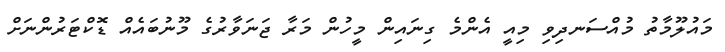
މައުލޫމާތު މުއްސަނދިވި މިއީ އެންމެ ގިނައިން މީހުން މަރާ ޖަނަވާރުގެ މޫނުބައެއް ޑޮކްޓަރުންނަށް